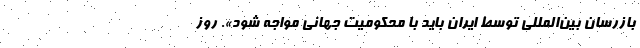
بازرسان بین‌المللی توسط ایران باید با محکومیت جهانی مواجه شود». روز